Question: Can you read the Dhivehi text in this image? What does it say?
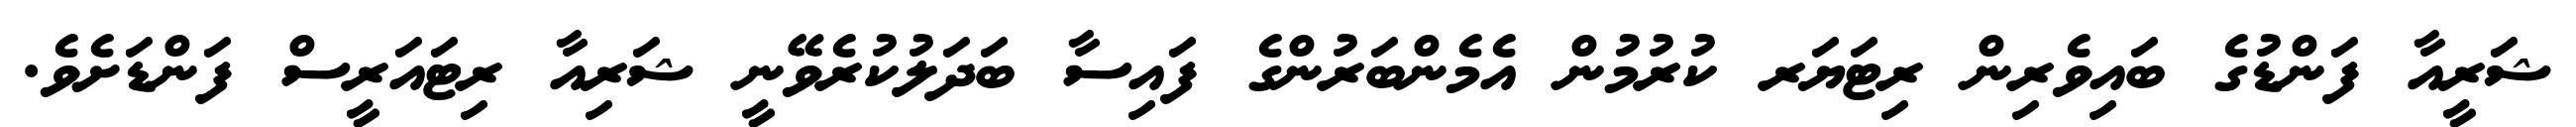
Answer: ޝަރީއާ ފަންޑުގެ ބައިވެރިން ރިޓަޔަރ ކުރުމުން އެމެންބަރުންގެ ފައިސާ ބަދަލުކުރެވޭނީ ޝަރިއާ ރިޓައަރީސް ފަންޑަށެވެ.